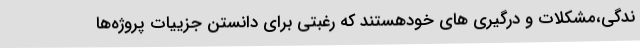
ندگی،مشکلات و درگیری های خودهستند که رغبتی برای دانستن جزییات پروژه‌ها